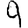
Digit: 9